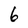
Character: 6